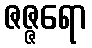
ဇဇ္ဇရော